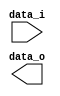
module mesh_2d #(
  parameter H_SIZE = 1,
  parameter PORT_SIZE = (37+2),
  parameter NODES_NUM = 2
) (
  input  [NODES_NUM*4*PORT_SIZE-1:0] data_i,
  output [NODES_NUM*4*PORT_SIZE-1:0] data_o
);
  genvar i, j;
  generate
    begin
    for ( i = 0; i < NODES_NUM; i = i + 1 )
      for ( j = i; j < NODES_NUM; j = j + 1 )
        if ( ( j == i + 1 ) && ( j % H_SIZE != 0 ) ) // horizontal connections
          begin
            assign data_o [i*4*PORT_SIZE+0*PORT_SIZE+:PORT_SIZE] = data_i [j*4*PORT_SIZE + 2*PORT_SIZE+:PORT_SIZE];
            assign data_o [j*4*PORT_SIZE+2*PORT_SIZE+:PORT_SIZE] = data_i [i*4*PORT_SIZE + 0*PORT_SIZE+:PORT_SIZE];
          end
        else if ( j == H_SIZE + i ) // vertical connections
          begin
            assign data_o [i*4*PORT_SIZE+1*PORT_SIZE+:PORT_SIZE] = data_i [j*4*PORT_SIZE + 3*PORT_SIZE+:PORT_SIZE];
            assign data_o [j*4*PORT_SIZE+3*PORT_SIZE+:PORT_SIZE] = data_i [i*4*PORT_SIZE + 1*PORT_SIZE+:PORT_SIZE];
          end
    end
  endgenerate
endmodule